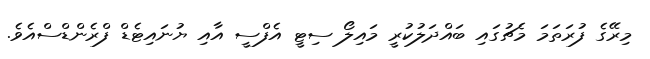
މިރޭގެ ފުރަތަމަ މެޗުގައި ބައްދަލުކުރީ މައިލޯ ސިޓީ އެފްސީ އާއި ޔުނައިޓެޑް ފްރެންޑްސްއެވެ.